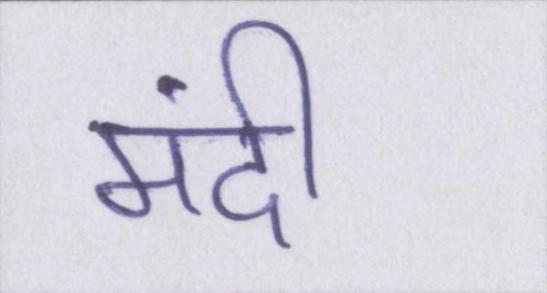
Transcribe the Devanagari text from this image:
मंदी